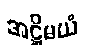
အဋ္ဌိမယံ